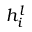
h _ { i } ^ { l }